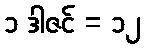
၁ ဒါဇင် = ၁၂